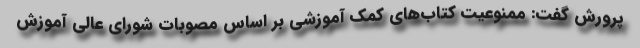
پرورش گفت: ممنوعیت کتاب‌های کمک آموزشی بر اساس مصوبات شورای عالی آموزش